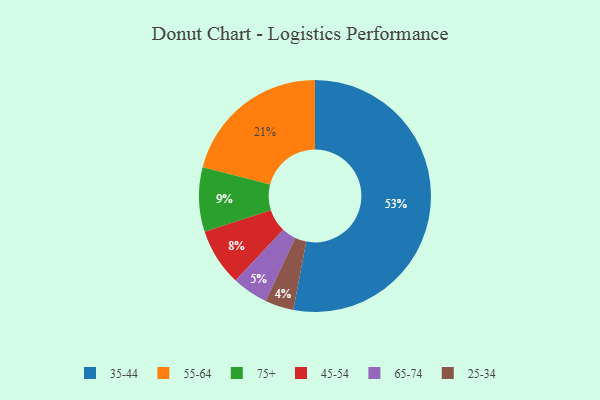
{"axis": {"x": "Category", "y": "Percentage"}, "legend": ["25-34", "35-44", "45-54", "55-64", "65-74", "75+"], "data": [{"x": "55-64", "y": 21, "type": "55-64"}, {"x": "25-34", "y": 4, "type": "25-34"}, {"x": "35-44", "y": 53, "type": "35-44"}, {"x": "75+", "y": 9, "type": "75+"}, {"x": "45-54", "y": 8, "type": "45-54"}, {"x": "65-74", "y": 5, "type": "65-74"}]}